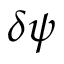
\delta \psi